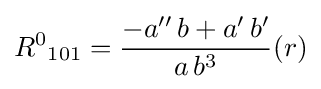
{R^{0}}_{101}={\frac {-a''\,b+a'\,b'}{a\,b^{3}}}(r)